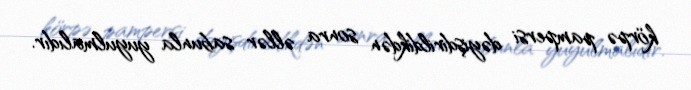
körpə pampersi dəyişdirildikdən sonra əllər sabunla yuyulmalıdır.